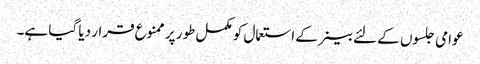
عوامی جلسوں کے لئے بینر کے استعمال کو مکمل طور پر ممنوع قرار دیا گیا ہے۔